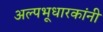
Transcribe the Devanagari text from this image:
अल्पभूधारकांनी